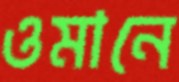
ওমানে